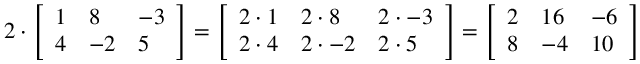
2 \cdot { \left[ \begin{array} { l l l } { 1 } & { 8 } & { - 3 } \\ { 4 } & { - 2 } & { 5 } \end{array} \right] } = { \left[ \begin{array} { l l l } { 2 \cdot 1 } & { 2 \cdot 8 } & { 2 \cdot - 3 } \\ { 2 \cdot 4 } & { 2 \cdot - 2 } & { 2 \cdot 5 } \end{array} \right] } = { \left[ \begin{array} { l l l } { 2 } & { 1 6 } & { - 6 } \\ { 8 } & { - 4 } & { 1 0 } \end{array} \right] }